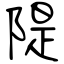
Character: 隄